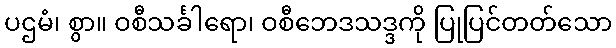
ပဌမံ၊ စွာ။ ဝစီသင်္ခါရော၊ ဝစီဘေဒသဒ္ဒကို ပြုပြင်တတ်သော